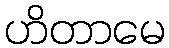
ဟိတာမေ